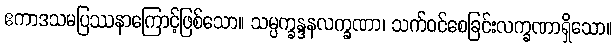
ဧကာဒသမပြဿနာကြောင့်ဖြစ်သော။ သမ္ပက္ခန္ဒနလက္ခဏာ၊ သက်ဝင်စေခြင်းလက္ခဏာရှိသော။